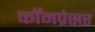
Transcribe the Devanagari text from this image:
कॉमप्रेसर